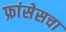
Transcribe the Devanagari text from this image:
फ्रांसेसचा